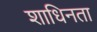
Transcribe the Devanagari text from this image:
शाधिनता